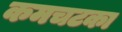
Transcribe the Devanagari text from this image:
कमचटका